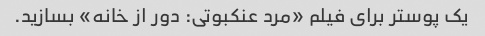
یک پوستر برای فیلم «مرد عنکبوتی: دور از خانه» بسازید.